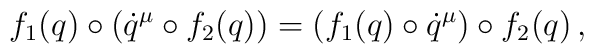
f_{1}(q)\circ (\dot{q}^{\mu}\circ f_{2}(q))=(f_{1}(q)\circ \dot{q}^{\mu})\circ f_{2}(q)\,,